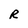
Character: R